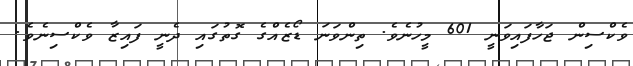
ވެކްސިން ޖަހާފައިވަނީ 601 މީހުނެވެ. ތިންވަނަ ޑޯޒެއްގެ ގޮތުގައި ދެނީ ފައިޒާ ވެކްސިނެވެ.